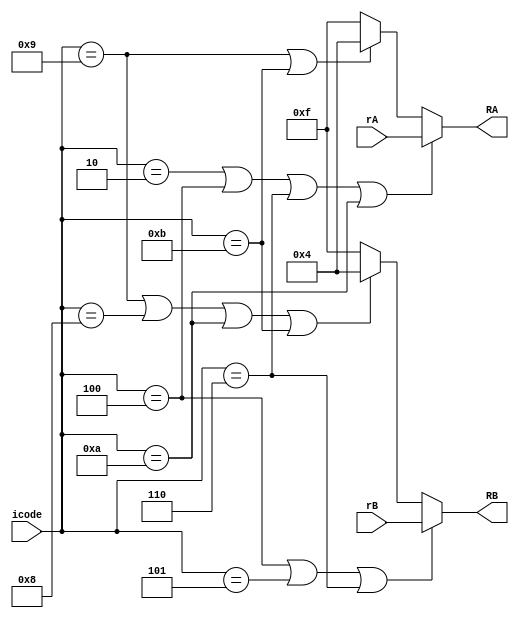

//----------> we need to assign registers to store value based on given icode.......Here set is happened
module set_register(icode,rA,rB,RA,RB);

// if we have the cmov,rmmovq,opq and push then it is rA
// if return or pop comes then it is RSP or r[4] else it is set to no-reg 

// if we have the mrmovq,rmmovq,opq then it is rB
// if call ,return or pop or push comes then it is RSP or r[4] else it is set to no-reg

input [3:0] icode;
input [3:0] rA;
input [3:0] rB;
output [3:0] RA;
output [3:0] RB;

assign RA = ((icode == 4'd2) | (icode == 4'd4) | (icode == 4'd6) | (icode == 4'd10)) ? rA : (((icode == 4'd9) | (icode == 4'd11)) ? 4'h4 : 4'd15);
assign RB = ((icode == 4'd4) | (icode == 4'd5) | (icode == 4'd6))  ? rB : (((icode == 4'd9)| (icode == 4'd8) | (icode == 4'd10) |(icode == 4'd11)) ? 4'd4 : 4'd15);

endmodule


//-------> selecting valA and valB
module selectvalAvalB(valA,valB,icode,valP,RA,RB,e_dstE,e_valE,M_dstM,M_dstE,m_valM,M_valE,W_dstM,W_valM,W_dstE,W_valE,Ra,Rb);
					  
	output [63:0] valA,valB;
	input [3:0] icode;
    input [3:0] RA,RB;
    input [3:0] e_dstE,M_dstM,M_dstE,W_dstM,W_dstE;
	input [63:0] Ra,Rb,valP,e_valE,m_valM,M_valE,W_valM,W_valE;

    
	assign valA = ((icode==4'd8|icode==4'd7)?valP:(((RA==e_dstE)&(e_dstE==4'd15))?e_valE:(((RA==M_dstM)&(M_dstM==4'd15))?m_valM: (((RA==M_dstE)&(M_dstE==4'd15))?M_valE:(((RA==W_dstE)&(W_dstE==4'd15))?W_valE:(((RA==W_dstM)&~(W_dstM==4'd15))?W_valM:Ra))))));
	
	assign valB = (((RB==e_dstE)&(e_dstE==4'd15))?e_valE:(((RB==M_dstM)&(M_dstM==4'd15))?m_valM:(((RB==M_dstE)&~(M_dstE==4'd15))?M_valE:(((RB==W_dstM)&(W_dstM==4'd15))?W_valM:(((RB==W_dstE)&(W_dstE==4'd15))?W_valE:Rb)))));

endmodule


//--------------> Destination register
module DestSET_E_M(icode,destE,destM,rA,rB);

// set the values of the destination for the valE and valM.
// for add, cmovq,irmovq we set the destination of valE as rB.
// for push pop return and call we set the destination of valE as rsp.
// for mrmovq and pop we set the destination of the ValM to be rA else the no register for all the other operations. as it is of no use.

input [3:0] icode;
input [3:0] rA,rB;
output [3:0] destE,destM;

assign destE = ((icode == 4'd2) | (icode == 4'd3) | (icode == 4'd6)) ? rB : (((icode == 4'd8) | (icode == 4'd9) | (icode == 4'd10) | (icode == 4'd11)) ? 4'd4 : 4'd15);
assign destM = ((icode == 4'd5) | (icode == 4'd11)) ? rA : 4'd15;

endmodule